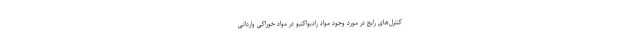
کنترل‌های رایج در مورد وجود مواد رادیواکتیو در مواد خوراکی وارداتی